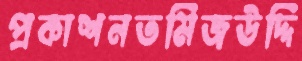
প্রকাশনতমিজউদ্দি